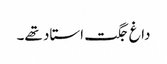
داغ جگت استاد تھے۔